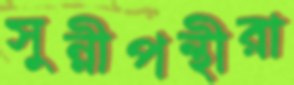
সুন্নীপন্থীরা